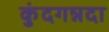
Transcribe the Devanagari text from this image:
कुंदगन्नदा